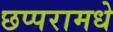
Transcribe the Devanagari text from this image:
छप्परामधे